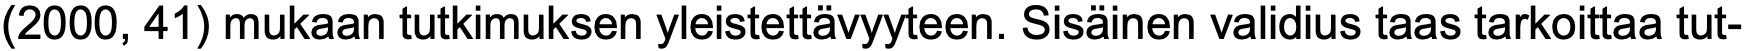
(2000, 41) mukaan tutkimuksen yleistettävyyteen. Sisäinen validius taas tarkoittaa tut-